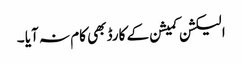
الیکشن کمیشن کے کارڈ بھی کام نہ آیا ۔